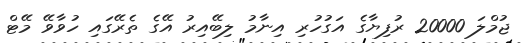
ޖުމްލަ 20000 ރުފިޔާގެ އަގުހުރި އިނާމު ލިބޭއިރު އޭގެ ތެރޭގައި ހުވާވޭ މޭޓް